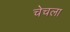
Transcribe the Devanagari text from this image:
चेचला